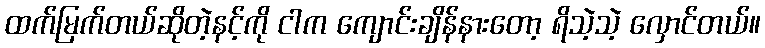
ထက်မြက်တယ်ဆိုတဲ့နင့်ကို ငါက ကျောင်းချိန်နားတော့ ရိသဲ့သဲ့ လှောင်တယ်။